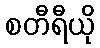
စတီရီယို